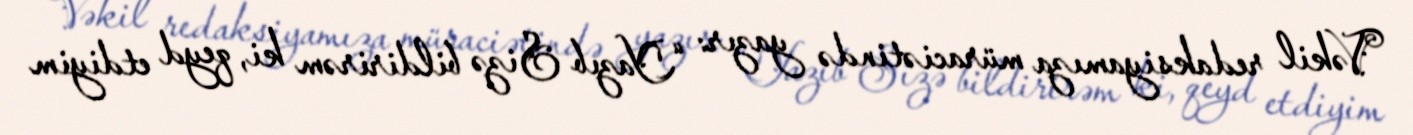
Vəkil redaksiyamıza müraciətində yazır: “Yazıb Sizə bildirirəm ki, qeyd etdiyim